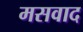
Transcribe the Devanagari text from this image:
मसवाद